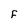
Character: F